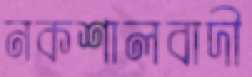
নকশালবাদী